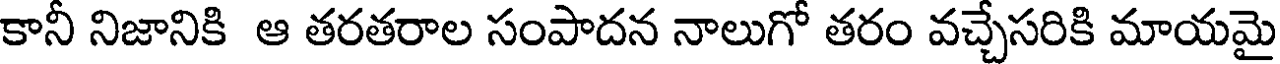
కానీ నిజానికి ఆ తరతరాల సంపాదన నాలుగో తరం వచ్చేసరికి మాయమై